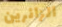
الزائرين